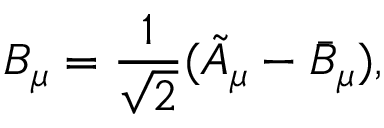
B _ { \mu } = \frac { 1 } { \sqrt { 2 } } ( \tilde { A } _ { \mu } - \bar { B } _ { \mu } ) ,